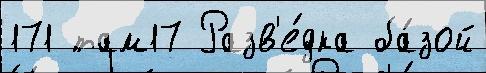
171 там17 Разв'е́дка ба́зой